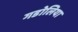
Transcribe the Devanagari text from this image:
गडोलिया